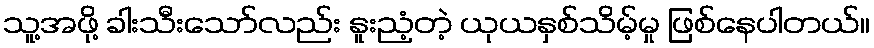
သူ့အဖို့ ခါးသီးသော်လည်း နူးညံ့တဲ့ ယုယနှစ်သိမ့်မှု ဖြစ်နေပါတယ်။